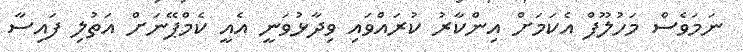
ނަމަވެސް މަހުލޫފް އެކަމަށް އިންކާރު ކުރައްވައި ވިދާޅުވަނީ އެއީ ކެމްޕޭނަށް އަަތުލި ފައިސާ